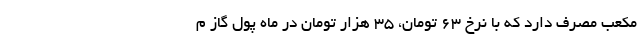
مکعب مصرف دارد که با نرخ ۶۳ تومان، ۳۵ هزار تومان در ماه پول گاز م